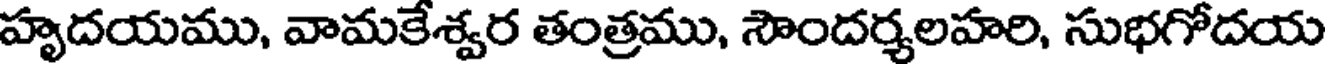
హృదయము, వామకేశ్వర తంత్రము, సౌందర్శలహరి, సుభగోదయ